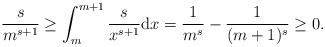
LaTeX: \begin{align*}\frac{s}{m^{s+1}}\geq \int_{m}^{m+1}\frac{s}{x^{s+1}}\mathrm{d}x=\frac{1}{m^s}-\frac{1}{(m+1)^s}\geq 0.\end{align*}